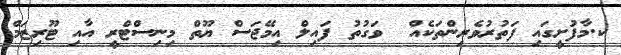
ކ.މާފުށީގައި ފަތުރުވެރިންތަކެއް  ވަގުތު ފައިލް އިމޭޖަސް ޔޫތް މިނިސްޓްރީ އާއި ޓޫރިޒަމް